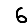
Digit: 6